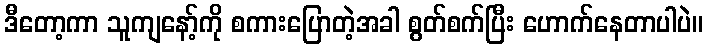
ဒီတော့ကာ သူကျနော့်ကို စကားပြောတဲ့အခါ စွတ်စက်ပြီး ဟောက်နေတာပါပဲ။